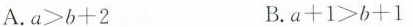
A.$$a > b + 2 $$ B.$$a + 1 > b + 1 $$